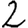
Digit: 2